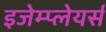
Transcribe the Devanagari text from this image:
इजेम्प्लेयर्स